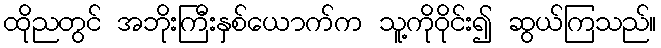
ထိုညတွင် အဘိုးကြီးနှစ်ယောက်က သူ့ကိုဝိုင်း၍ ဆွယ်ကြသည်။